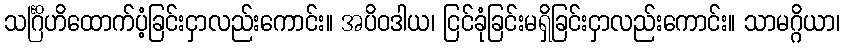
သင်္ဂြိဟိထောက်ပံ့ခြင်းငှာလည်းကောင်း။ အပိဝဒါယ၊ ငြင်ခုံခြင်းမရှိခြင်းငှာလည်းကောင်း။ သာမဂ္ဂိယာ၊